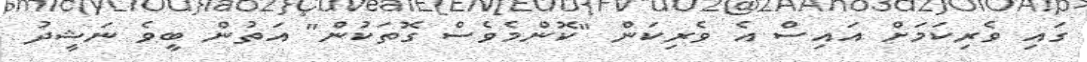
ގައި ވެރިކަމަށް އައިސް އެ ވެރިކަން "ކޮންމެވެސް ގޮތަކުން" އަތުން ބީވެ ނަޝީދު